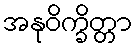
အနုဝိက္ခိတ္တာ